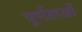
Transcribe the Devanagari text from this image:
पूर्णताओं